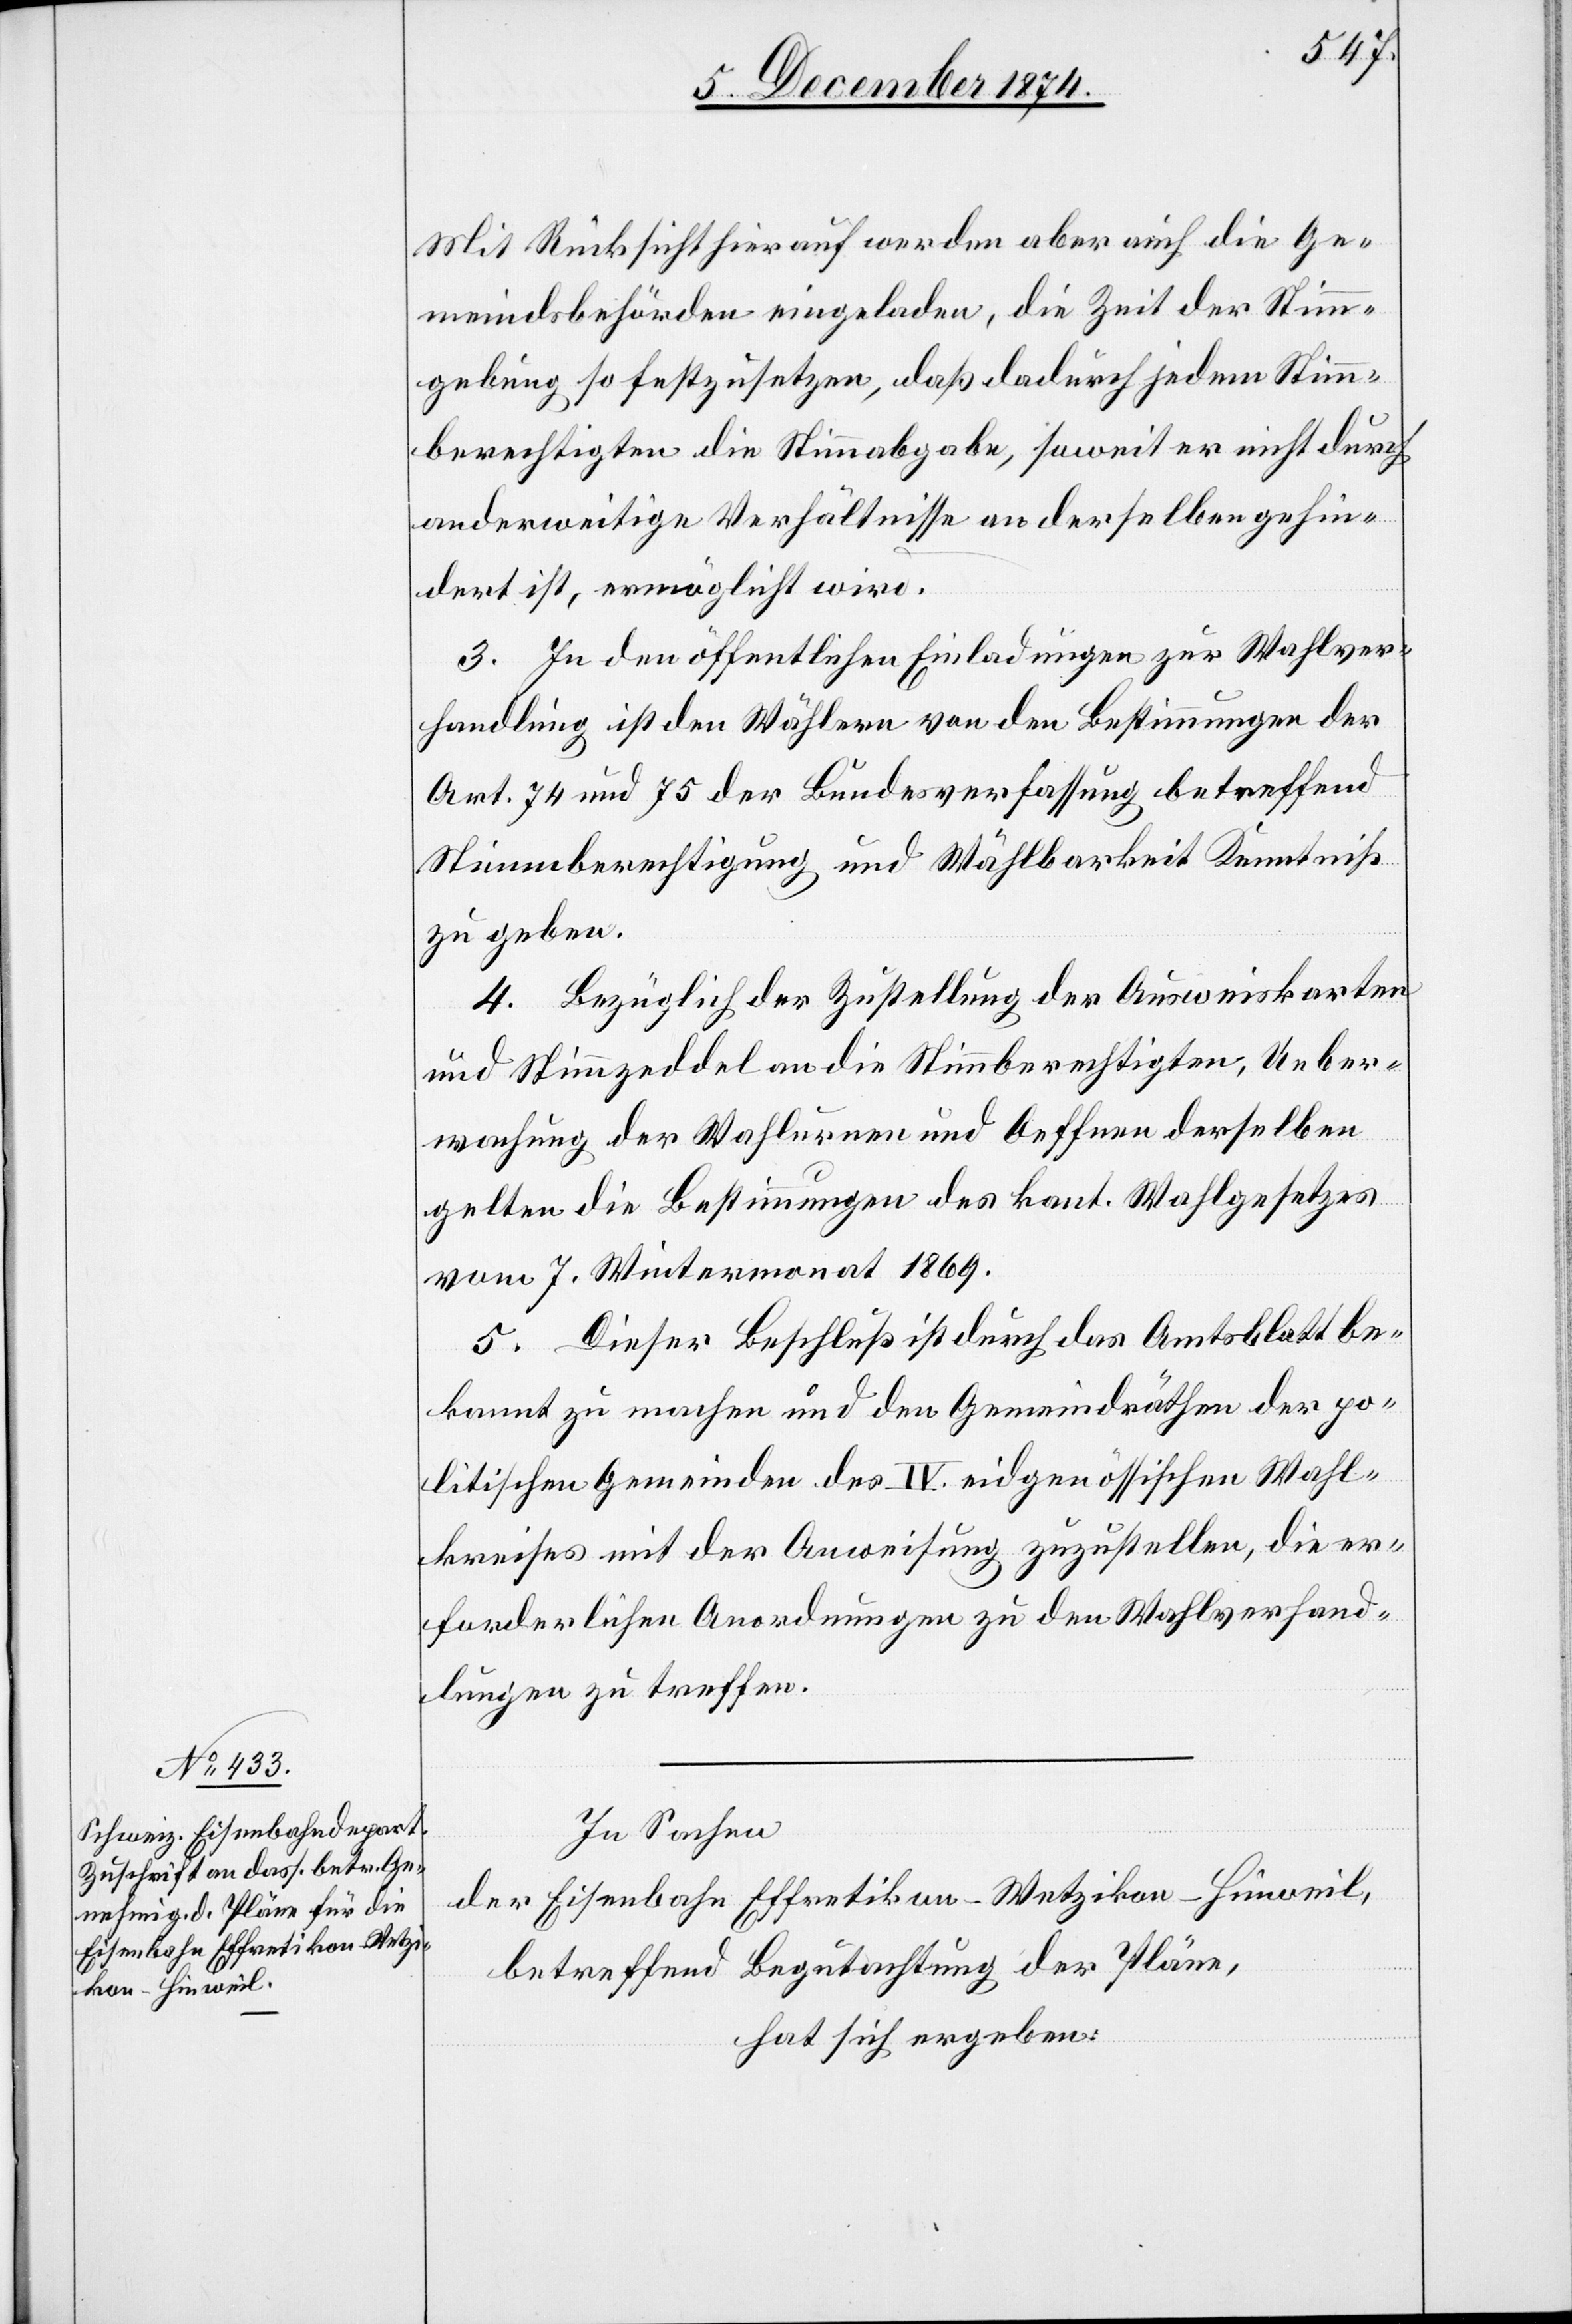
Mit Rücksicht hierauf werden aber auch die Ge¬
meindsbehörden eingeladen, die Zeit der Stimm¬
gebung so festzusetzen, daß dadurch jedem Stimm¬
berechtigten die Stimmabgabe, soweit er nicht durch
anderweitige Verhältnisse an derselben gehin¬
dert ist, ermöglicht wird.
3. In den öffentlichen Einladungen zur Wahlver¬
handlung ist den Wählern von den Bestimmungen der
Art. 74 und 75 der Bundesverfassung betreffend
Stimmberechtigung und Wählbarkeit Kenntniß
zu geben.
4. Bezüglich der Zustellung der Ausweiskarten
und Stimmzeddel an die Stimmberechtigten, Ueber¬
wachung der Wahlbureau und Oeffnen derselben
gelten die Bestimmungen des kant. Wahlgesetzes
vom 7. Wintermonat 1869.
5. Dieser Beschluß ist durch das Amtsblatt be¬
kannt zu machen und den Gemeindräthen der po¬
litischen Gemeinden des IV. eidgenössischen Wahl¬
kreises mit der Anweisung zuzustellen, die er¬
forderlichen Anordnungen zu den Wahlverhand¬
lungen zu treffen.
In Sachen
der Eisenbahn Effretikon–Wetzikon–Hinweil,
betreffend Begutachtung der Pläne,
hat sich ergeben: